Report of the Municipal Commissioner on the plague in Bombay for the year ending 31st May... - Volume 2
Disease focus: Plague
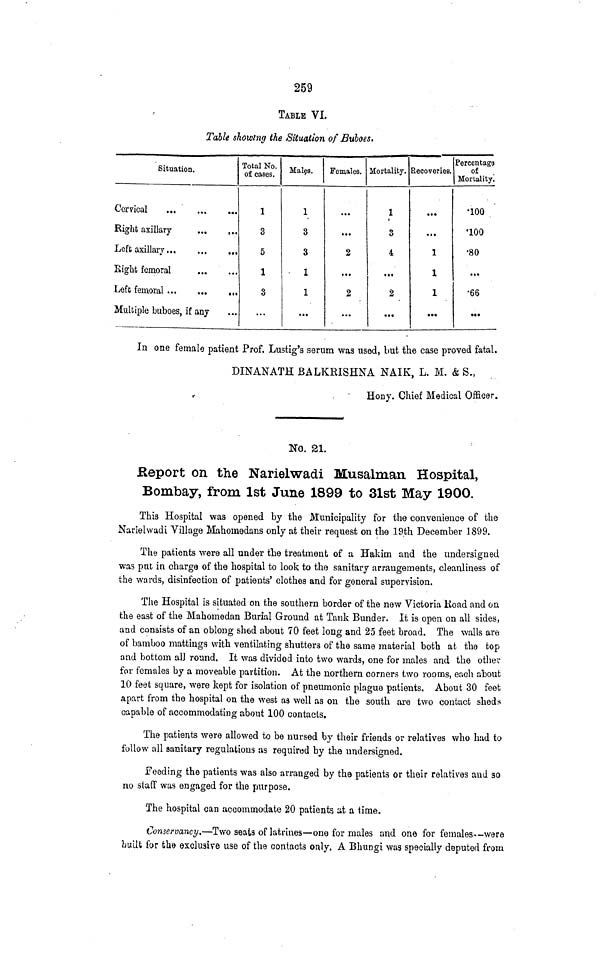
259
TABLE VI.
Table showing the Situation of Buboes.
Situation.
Cervical
Righfc axillary
Left axillary
Sight femoral
Left femoral
Multiple buboes, if any
Total No.
of cases.
1
3
5
1
3
...
Males.
1
3
3
• 1
1
...
Females.
...
...
2
• ••
2
...
Mortality.
1
i
3
4
...
2
...
Recoveries.
•••
...
1
1
1
•••
Percentage
of
Mortality.
•100
•100
•80
...
•66
•••
In one female patient Prof. Lustig's serum was used, but the case proved fatal.
DINANATH BALKRISHNA NAIK, L. M. & S.,
Eony. Chief Medical Officer.
No. 21.
Report on the Narielwadi Musalman Hospital,
Bombay, from 1st June 1899 to 31st May 1900.
This Hospital was opened by the Municipality for the convenience of the
Narielwadi Village Mahomedans only at their request on the 19th December 1899.
The patients were all under the treatment of a Hakim and the undersigned
was pat in charge of the hospital to look to the sanitary arrangements, cleanliness of
the wards, disinfection of patients' clothes and for general supervision.
The Hospital is situated on the southern border of the new Victoria Uoad and oa
the east of the Mahomedan Burial Ground at Tank Bunder. It is open on all sides,
and consists of an oblong shed about 70 feet long and 25 feet broad. The walls are
of bamboo mattings with ventilating shutters of the same material both at the top
and bottom all round. It was divided into two wards, one for males and the othei-
for females by a moveable partition. At the northern corners two rooms, each about
10 feet square, were kept for isolation of pneumonic plague patients. About 30 feet
apart from the hospital on the west as well as on the south are two contact sheds
capable of accommodating about 100 contacts.
The patients were allowed to be nursed by their friends or relatives who had to
follow all sanitary regulations as required by the undersigned.
Feeding the patients was also arranged by the patients or their relatives and so.
no staff was engaged for the purpose.
The hospital can accommodate 20 patients at a time.
Conservancy.—Two seals of latrines—one for males and one for females--were
fouiiU for the exclusive use of the contacts only. A Bhungi was specially deputed from